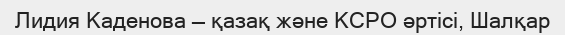
Лидия Каденова — қазақ және КСРО әртісі, Шалқар